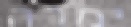
ימרה